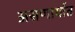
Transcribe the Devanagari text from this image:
असणार्यात